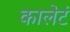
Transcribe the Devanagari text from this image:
कालेटं